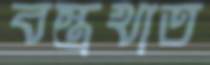
বস্ত্রখাত